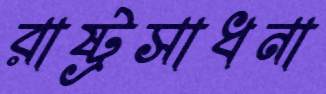
রাষ্ট্রসাধনা